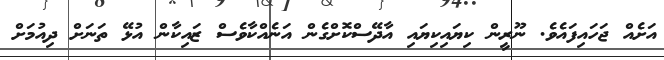
އަށެއް ޖަަހައިފައެވެ. ނޫރީން ކިޔައިކިޔައި އާދޭސްކޮށްގެން އަނެއްކާވެސް ޒައިކާން އުޅޭ ތަނަށް ދިއުމަށް